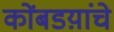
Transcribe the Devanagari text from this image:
कोंबडय़ांचे